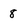
Character: 8